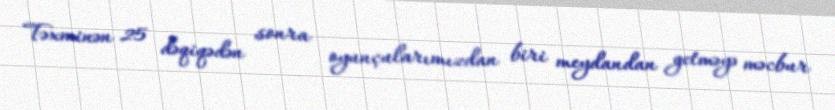
Təxminən 25 dəqiqədən sonra oyunçularımızdan biri meydandan getməyə məcbur